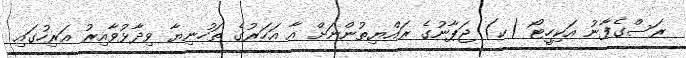
ރަސްގެފާނު އަކިހީޓޯ (ކ) ޖަޕާނުގެ ރައްޔިތުންނަށް އާ އަަހަރުގެ ތަހުނިޔާ ވިދާޅުވާއިރު އަރިހުގައި